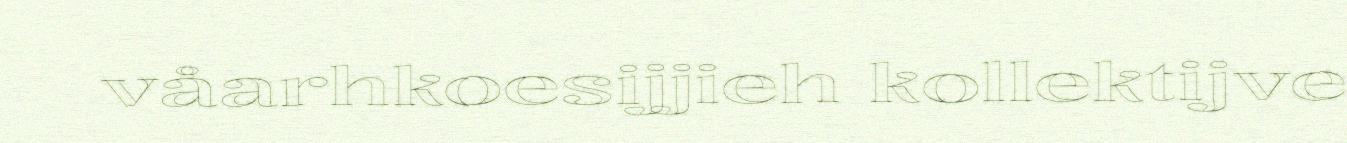
våarhkoesijjieh kollektijve